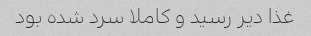
غذا دیر رسید و کاملا سرد شده بود